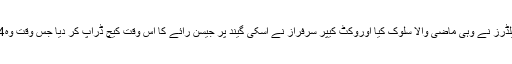
محمد عامر کے ساتھ فیلڈرز نے وہی ماضی والا سلوک کیا اوروکٹ کیپر سرفراز نے اُسکی گیند پر جیسن رائے کا اُس وقت کیچ ڈراپ کر دیا جس وقت وہ24رنز پر کھیل رہا تھا۔